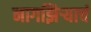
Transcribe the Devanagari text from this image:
नागझिऱ्याचं